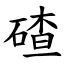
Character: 碴